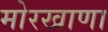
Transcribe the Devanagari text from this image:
मोरखाणा